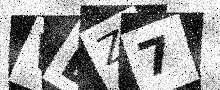
Text: VBZ7